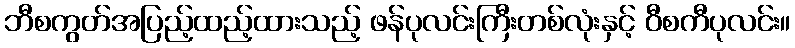
ဘီစကွတ်အပြည့်ထည့်ထားသည့် ဖန်ပုလင်းကြီးတစ်လုံးနှင့် ဝီစကီပုလင်း။